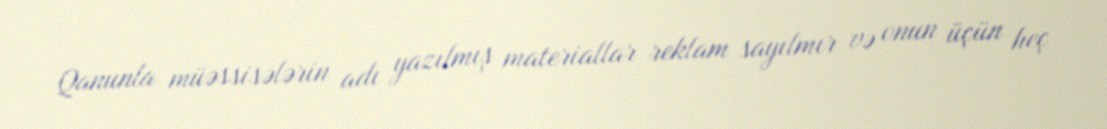
Qanunla müəssisələrin adı yazılmış materiallar reklam sayılmır və onun üçün heç